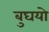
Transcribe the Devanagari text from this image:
बुघयो